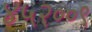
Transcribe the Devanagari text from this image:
४५२००९